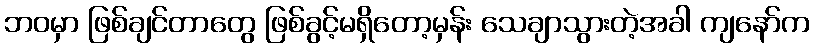
ဘဝမှာ ဖြစ်ချင်တာတွေ ဖြစ်ခွင့်မရှိတော့မှန်း သေချာသွားတဲ့အခါ ကျနော်က